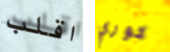
اقلب كوري